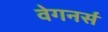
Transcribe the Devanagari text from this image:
वेगनर्स